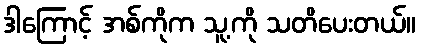
ဒါကြောင့် အစ်ကိုက သူ့ကို သတိပေးတယ်။